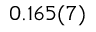
0 . 1 6 5 ( 7 )